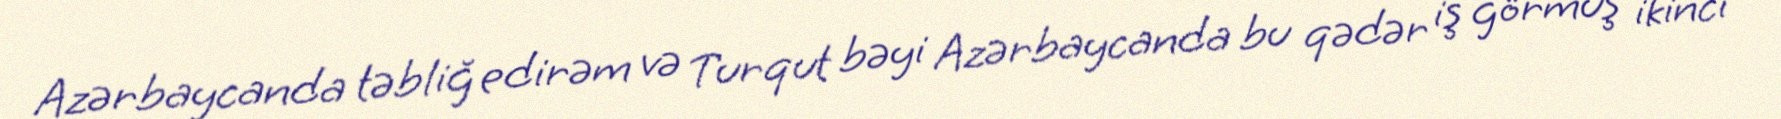
Azərbaycanda təbliğ edirəm və Turqut bəyi Azərbaycanda bu qədər iş görmüş ikinci